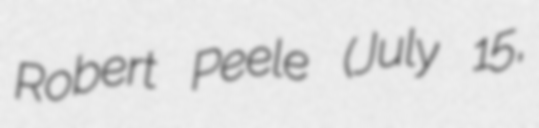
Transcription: Robert Peele (July 15,